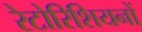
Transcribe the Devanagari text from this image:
रेटोरिशियनों